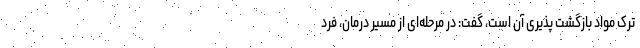
ترک مواد بازگشت پذیری آن است، گفت: در مرحله‌ای از مسیر درمان، فرد